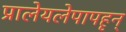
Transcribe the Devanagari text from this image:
प्रालेयलेपापहृन्